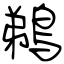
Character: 鵜